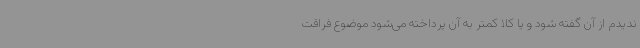
ندیدم از آن گفته شود و یا کلا کمتر به آن پرداخته می‌شود موضوع فراقت